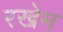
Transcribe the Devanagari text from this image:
रखेम